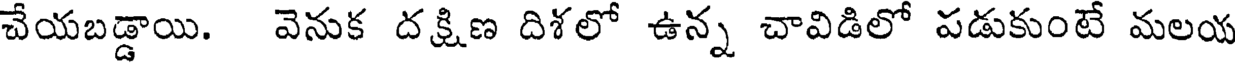
చేయబడ్డాయి. వెనుక దక్షిణ దిశలో ఉన్న చావిడిలో పడుకుంటే మలయ